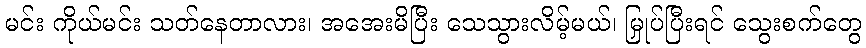
မင်း ကိုယ်မင်း သတ်နေတာလား၊ အအေးမိပြီး သေသွားလိမ့်မယ်၊ မြှုပ်ပြီးရင် သွေးစက်တွေ